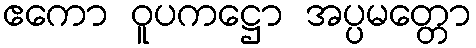
ဧကော ဝူပကဋ္ဌော အပ္ပမတ္တော